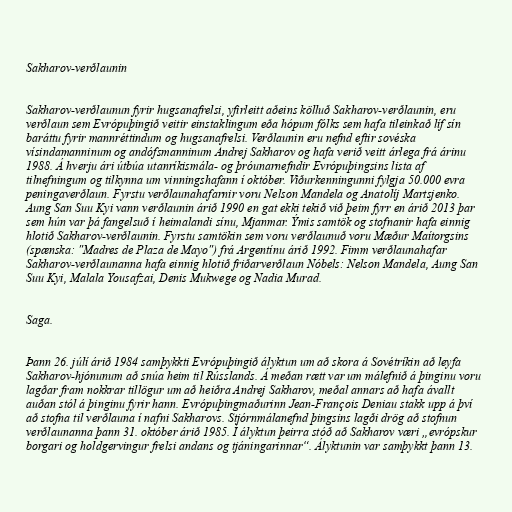
Sakharov-verðlaunin

Sakharov-verðlaunun fyrir hugsanafrelsi, yfirleitt aðeins kölluð Sakharov-verðlaunin, eru
verðlaun sem Evrópuþingið veitir einstaklingum eða hópum fólks sem hafa tileinkað líf sín
baráttu fyrir mannréttindum og hugsanafrelsi. Verðlaunin eru nefnd eftir sovéska
vísindamanninum og andófsmanninum Andrej Sakharov og hafa verið veitt árlega frá árinu
1988. Á hverju ári útbúa utanríkismála- og þróunarnefndir Evrópuþingsins lista af
tilnefningum og tilkynna um vinningshafann í október. Viðurkenningunni fylgja 50.000 evra
peningaverðlaun. Fyrstu verðlaunahafarnir voru Nelson Mandela og Anatolíj Martsjenko.
Aung San Suu Kyi vann verðlaunin árið 1990 en gat ekki tekið við þeim fyrr en árið 2013 þar
sem hún var þá fangelsuð í heimalandi sínu, Mjanmar. Ýmis samtök og stofnanir hafa einnig
hlotið Sakharov-verðlaunin. Fyrstu samtökin sem voru verðlaunuð voru Mæður Maítorgsins
(spænska: "Madres de Plaza de Mayo") frá Argentínu árið 1992. Fimm verðlaunahafar
Sakharov-verðlaunanna hafa einnig hlotið friðarverðlaun Nóbels: Nelson Mandela, Aung San
Suu Kyi, Malala Yousafzai, Denis Mukwege og Nadia Murad.

Saga.

Þann 26. júlí árið 1984 samþykkti Evrópuþingið ályktun um að skora á Sovétríkin að leyfa
Sakharov-hjónunum að snúa heim til Rússlands. Á meðan rætt var um málefnið á þinginu voru
lagðar fram nokkrar tillögur um að heiðra Andrej Sakharov, meðal annars að hafa ávallt
auðan stól á þinginu fyrir hann. Evrópuþingmaðurinn Jean-François Deniau stakk upp á því
að stofna til verðlauna í nafni Sakharovs. Stjórnmálanefnd þingsins lagði drög að stofnun
verðlaunanna þann 31. október árið 1985. Í ályktun þeirra stóð að Sakharov væri „evrópskur
borgari og holdgervingur frelsi andans og tjáningarinnar“. Ályktunin var samþykkt þann 13.